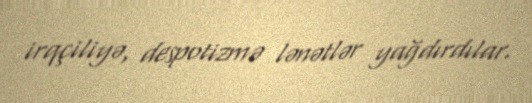
irqçiliyə, despotizmə lənətlər yağdırdılar.